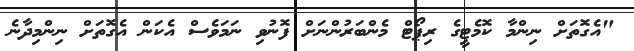
"އެގޮތަށް ނިންމާ ކޮމެޓީގެ ރިޕޯޓް މެންބަރުންނަށް ފޮނުވި ނަމަވެސް އެކަން އެގޮތަށް ނިންމިދާނެ